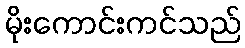
မိုးကောင်းကင်သည်